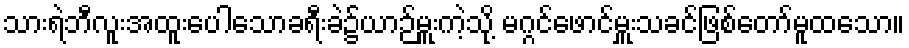
သားရဲဘီလူးအထူးပေါသောခရီးခဲ၌ယာဉ်မှူးကဲ့သို့ မဂ္ဂင်ဖောင်မှူးသခင်ဖြစ်တော်မူထသော။